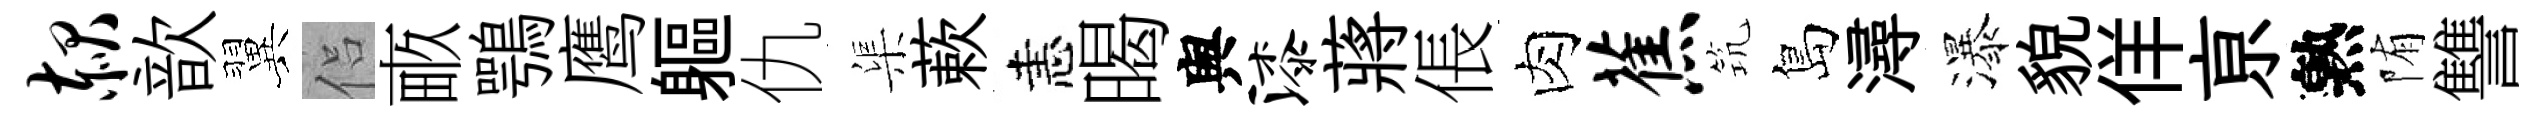
赧歆翼侣畞鶚鹰軀仇渠蔌恚暍舆漆蔣倀肉蕉𥬑島潯瀑貌佯亰熟陏讐